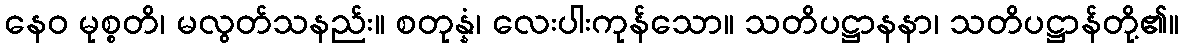
နေဝ မုစ္စတိ၊ မလွတ်သနည်း။ စတုန္နံ၊ လေးပါးကုန်သော။ သတိပဋ္ဌာနနာ၊ သတိပဋ္ဌာန်တို့၏။